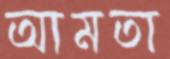
আমতা